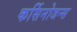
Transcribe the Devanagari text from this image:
कर्सिनोजन्स